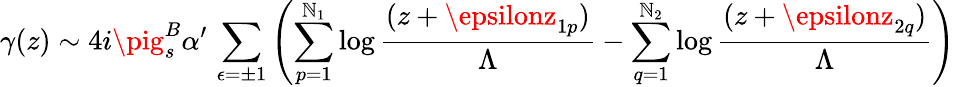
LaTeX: \gamma(z)\sim4i\pig_{s}^{B}\alpha^{\prime}\, \sum_{\epsilon=\pm1}\left(\sum_{p=1}^{\mathbb{N}_{1}}\log\frac{{(z+\epsilonz_{1p})}}{{\Lambda}}-\sum_{q=1}^{\mathbb{N}_{2}}\log\frac{{(z+\epsilonz_{2q})}}{{\Lambda}}\right)